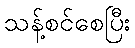
သန့်စင်စေပြီး